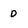
Character: D